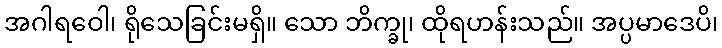
အဂါရဝေါ၊ ရိုသေခြင်းမရှိ။ သော ဘိက္ခု၊ ထိုရဟန်းသည်။ အပ္ပမာဒေပိ၊